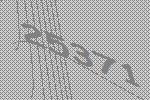
25371